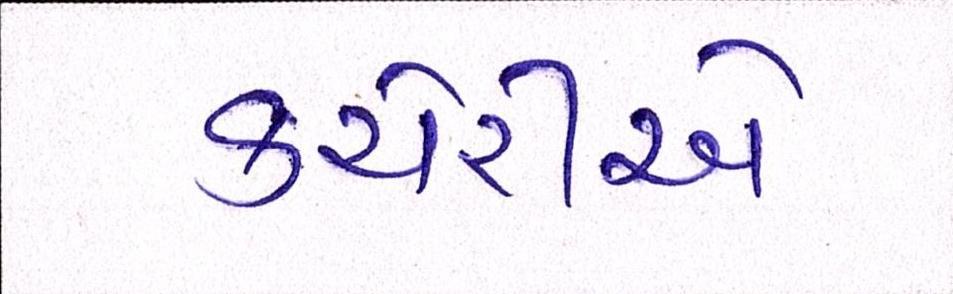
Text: કચેરીએ